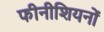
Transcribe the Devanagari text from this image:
फीनीशियनों